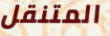
المتنقل